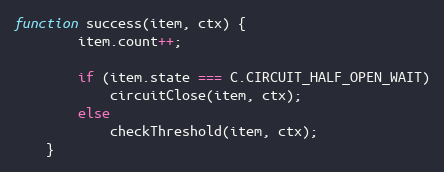
Language: JavaScript
function success(item, ctx) {
		item.count++;

		if (item.state === C.CIRCUIT_HALF_OPEN_WAIT)
			circuitClose(item, ctx);
		else
			checkThreshold(item, ctx);
	}